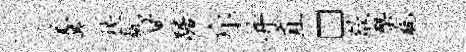
羹挟瓴甘踞斥并直□歙檗瓶